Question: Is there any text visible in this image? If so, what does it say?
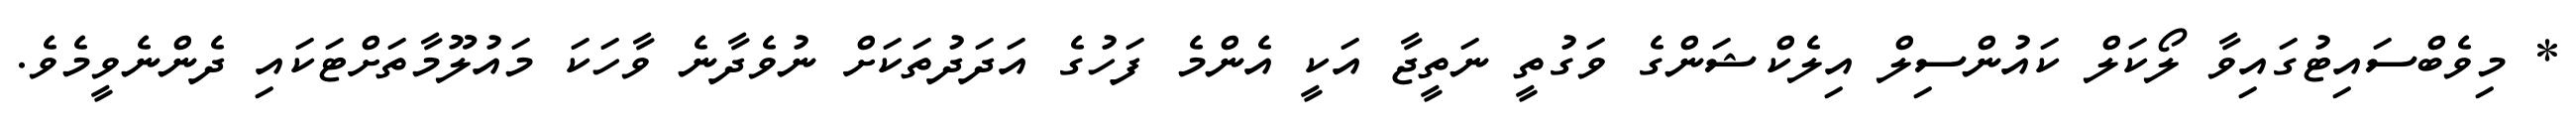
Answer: * މިވެބްސައިޓުގައިވާ ލޯކަލް ކައުންސިލް އިލެކްޝަންގެ ވަގުތީ ނަތީޖާ އަކީ އެންމެ ފަހުގެ އަދަދުތަކަށް ނުވެދާނެ ވާހަކަ މައުލޫމާތަށްޓަކައި ދެންނެވީމެވެ.